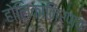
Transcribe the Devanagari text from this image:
होलिकानिर्णय